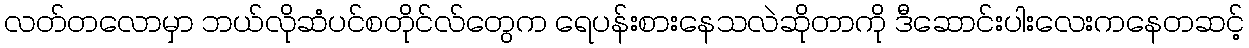
လတ်တလောမှာ ဘယ်လိုဆံပင်စတိုင်လ်တွေက ရေပန်းစားနေသလဲဆိုတာကို ဒီဆောင်းပါးလေးကနေတဆင့်